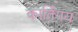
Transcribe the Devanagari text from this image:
कार्तिगय